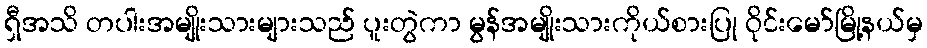
ရှီအသိ တပါးအမျိုးသားများသည် ပူးတွဲကာ မွန်အမျိုးသားကိုယ်စားပြု ဝိုင်းမော်မြို့နယ်မှ